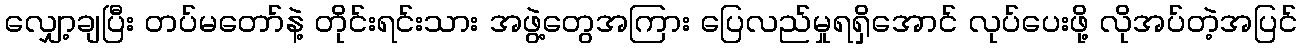
လျှော့ချပြီး တပ်မတော်နဲ့ တိုင်းရင်းသား အဖွဲ့တွေအကြား ပြေလည်မှုရရှိအောင် လုပ်ပေးဖို့ လိုအပ်တဲ့အပြင်